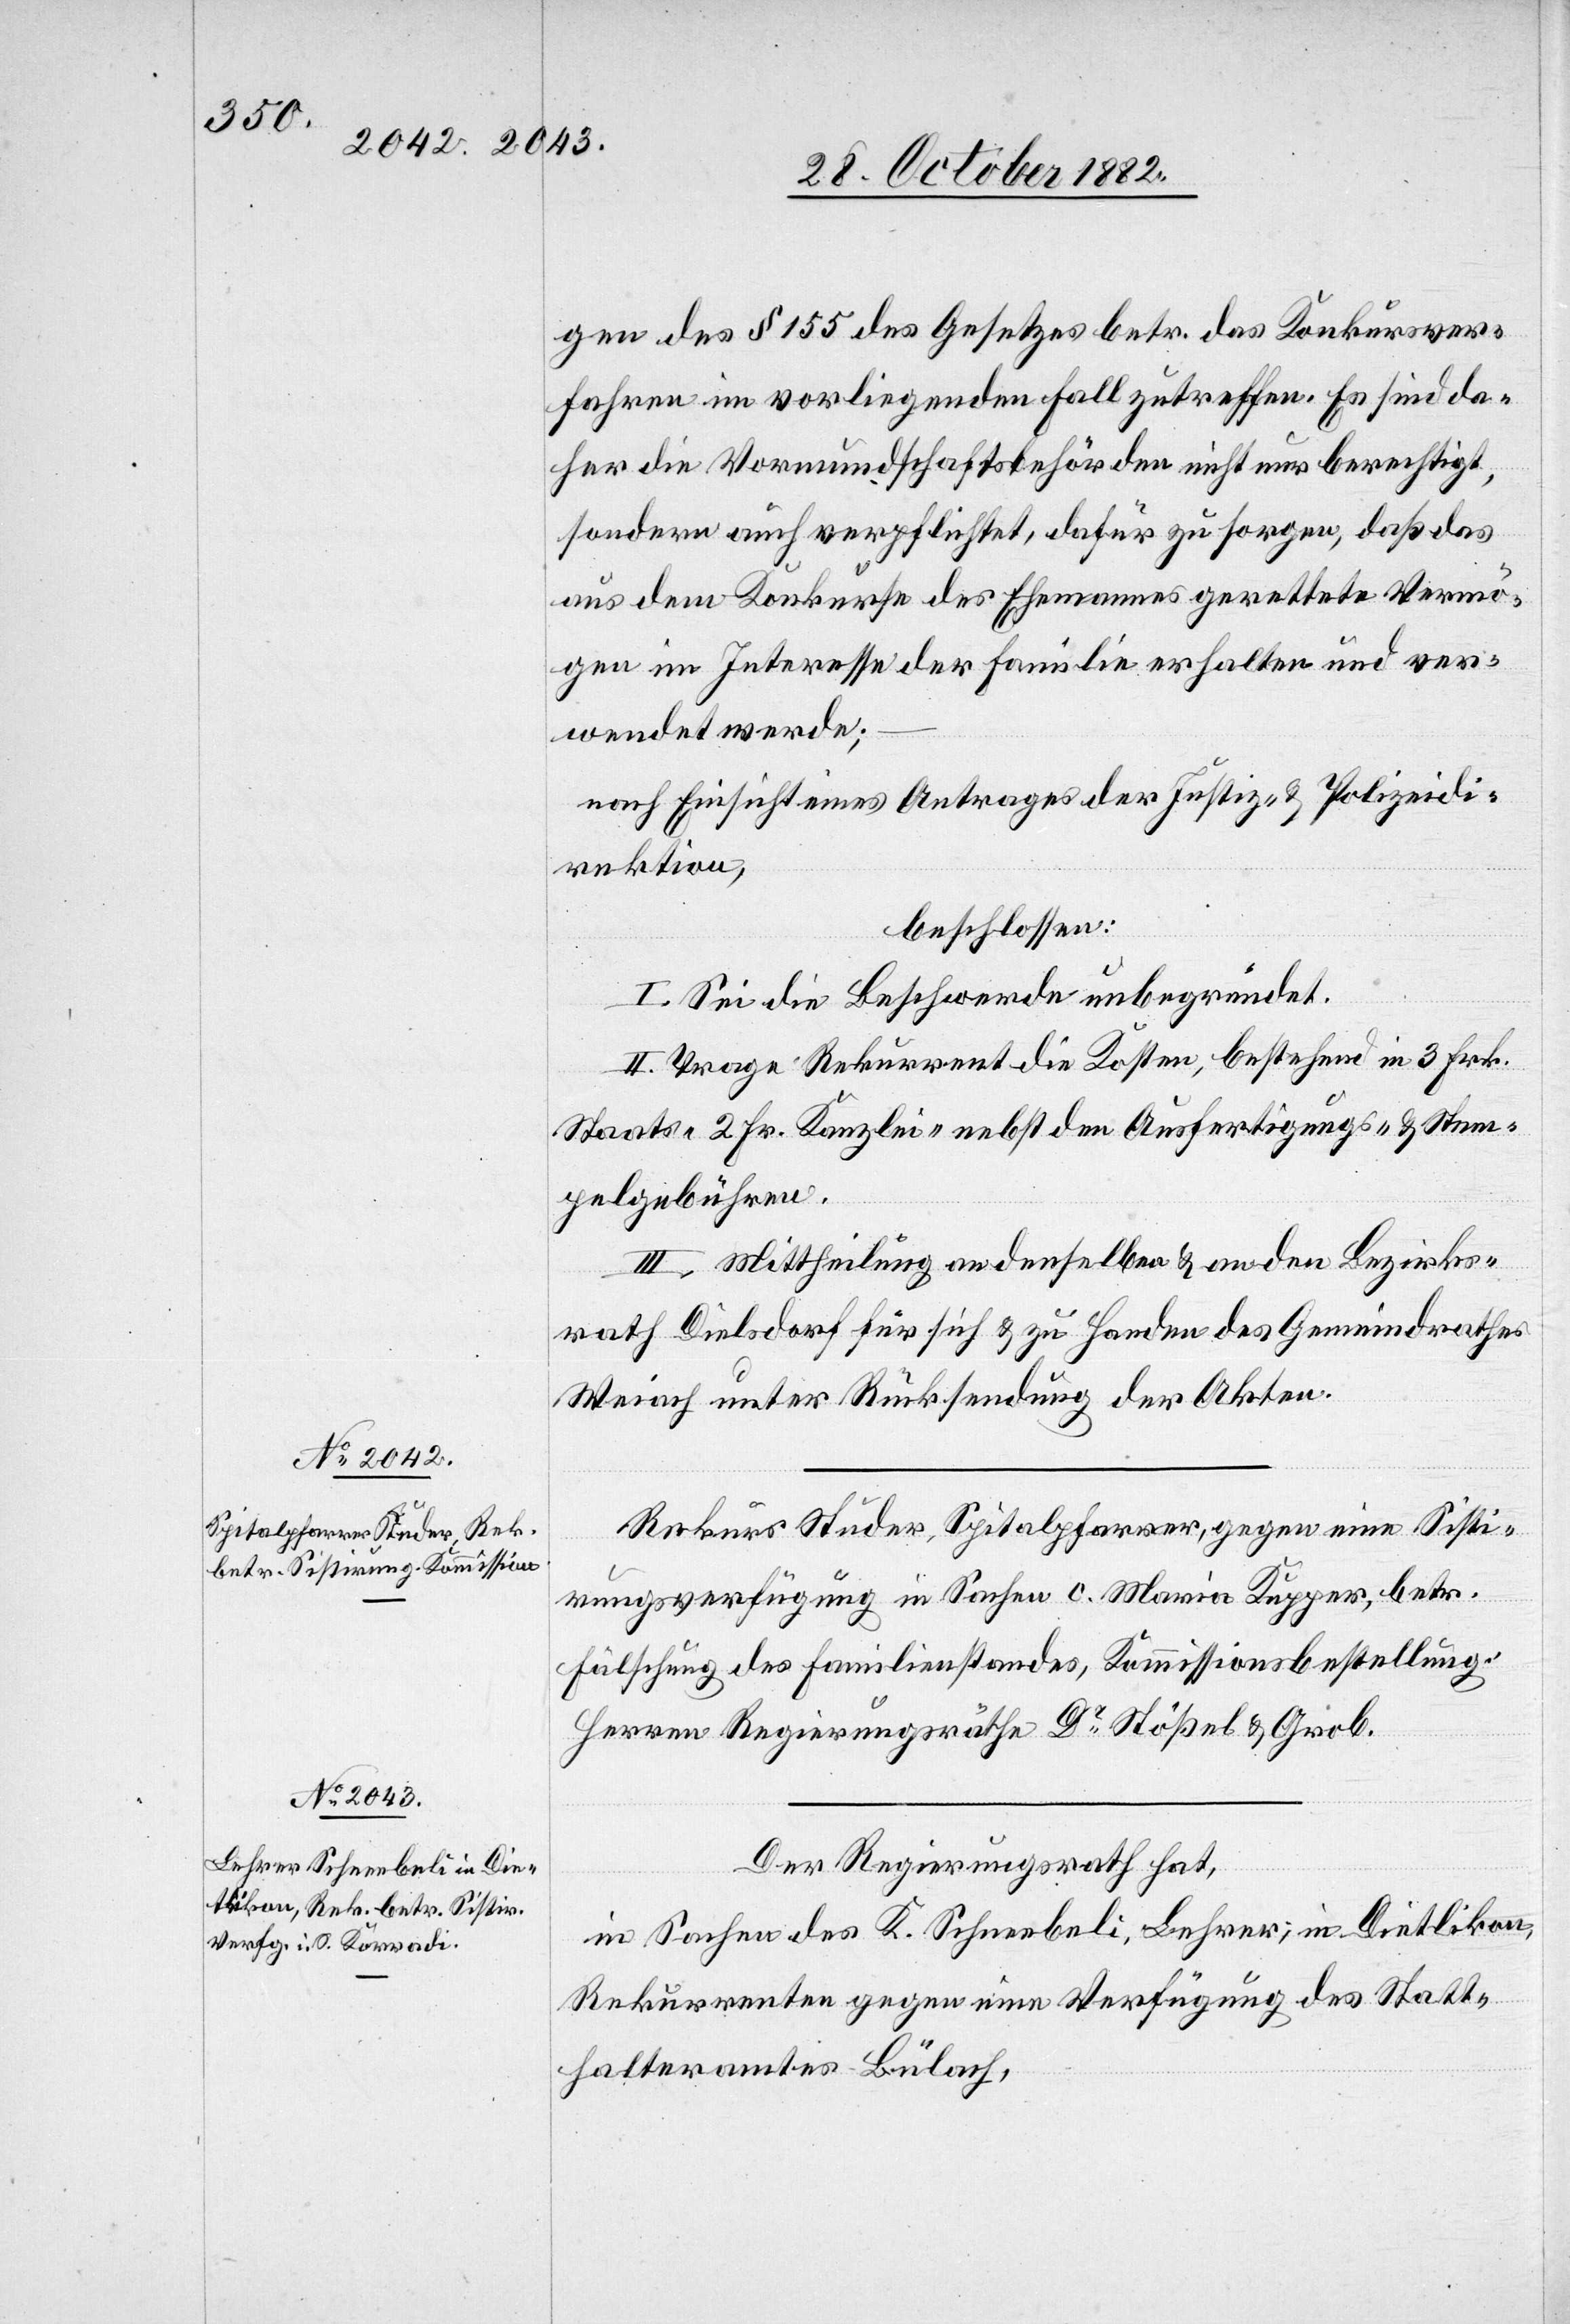
gen des § 155 des Gesetzes betr. das Konkursver¬
fahren im vorliegenden Fall zutreffen. Es sind da¬
her die Vormundschaftsbehörden nicht nur berechtigt,
sondern auch verpflichtet, dafür zu sorgen, daß das
aus dem Konkurse des Ehemannes gerettete Vermö¬
gen im Interesse der Familie erhalten und ver¬
wendet werde;
nach Einsicht eines Antrages der Justiz- & Polizeidi¬
rektion,
beschlossen:
I. Sei die Beschwerde unbegründet.
II. Trage Rekurrent die Kosten, bestehend in 3 Fr.
Staats-, 2 Fr. Kanzlei- nebst den Ausfertigungs- & Stem¬
pelgebühren.
III. Mittheilung an denselben & an den Bezirks¬
rath Dielsdorf für sich & zu Handen des Gemeindrathes
Weiach unter Rücksendung der Akten.
Rekurs Studer, Spitalpfarrer, gegen eine Sisti¬
rungsverfügung in Sachen c. Maria Kupper, betr.
Fälschung des Familienstandes, Kommissionbestellung:
Herren Regierungsräthe Dr Stößel & Grob.
Der Regierungsrath hat,
in Sachen des K. Schneebeli, Lehrer, in Dietlikon,
Rekurrenten gegen eine Verfügung des Statt¬
halteramtes Bülach,